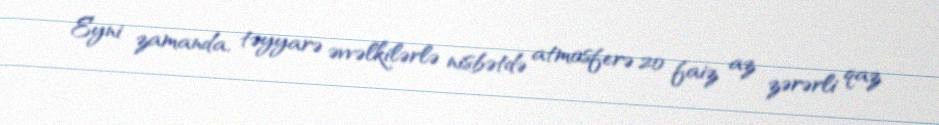
Eyni zamanda, təyyarə əvvəlkilərlə nisbətdə atmosferə 20 faiz az zərərli qaz